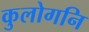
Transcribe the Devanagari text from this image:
कुलोगनि